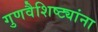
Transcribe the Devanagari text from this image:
गुणवैशिष्ट्यांना